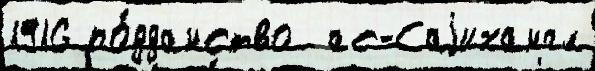
1916 по́дданство  ас-Саjихангл